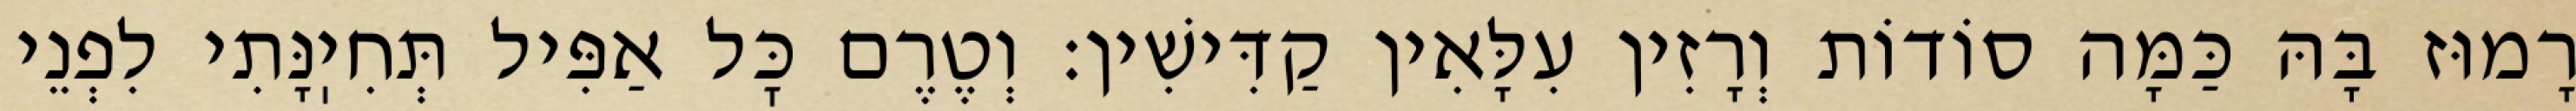
רָמוּז בָּהּ כַּמָּה סוֹדוֹת וְרָזִין עִלָּאִין קַדִּישִׁין: וְטֶרֶם כׇּל אַפִּיל תְּחִיֽנָּתִי לִפְנֵי